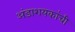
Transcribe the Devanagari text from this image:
अंडाशयकांची